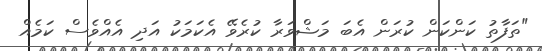
"ތަފާތު ކަންކަން ކުރަން އެބަ މަޝްވަރާ ކުރެވޭ އެކަމަކު އަދި އެއްވެސް ކަމެއް